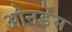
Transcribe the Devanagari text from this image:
ओनडेस